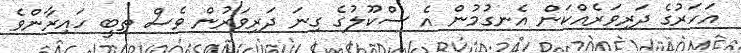
އަހަރުގެ ދަރިވަރެއްކަން އެނގުމުން އެ ސްކޫލުގެ ގިނަ ދަރިވަރުން ވެސް ތިބީ ހައިރާންވެ